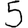
Digit: 5